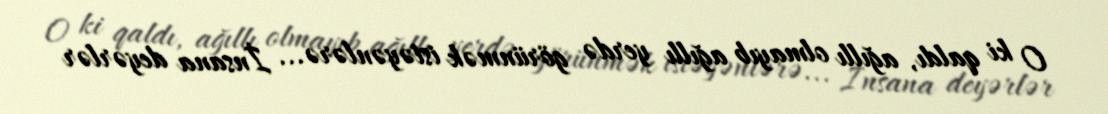
O ki qaldı, ağıllı olmayıb ağıllı yerdə görünmək istəyənlərə... İnsana deyərlər